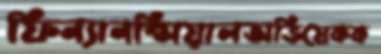
ফিন্যানন্সিয়ালঅভিষেকক